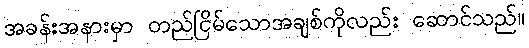
အခန်းအနားမှာ တည်ငြိမ်သောအချစ်ကိုလည်း ဆောင်သည်။